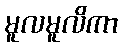
မူလမူလိကာ